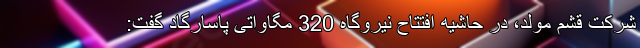
شرکت قشم مولد، در حاشیه افتتاح نیروگاه 320 مگاواتی پاسارگاد گفت: